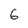
Character: 6